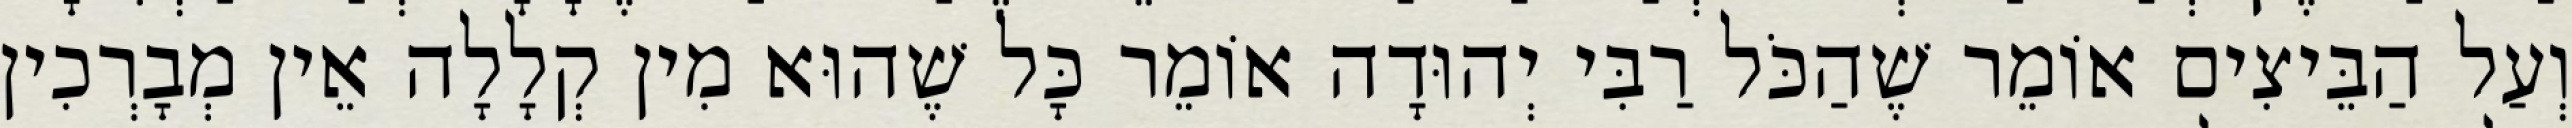
וְעַל הַבֵּיצִים אוֹמֵר שֶׁהַכֹּל רַבִּי יְהוּדָה אוֹמֵר כָּל שֶׁהוּא מִין קְלָלָה אֵין מְבָרְכִין